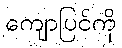
ကျောပြင်ကို